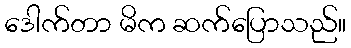
ဒေါက်တာ မိက ဆက်ပြောသည်။